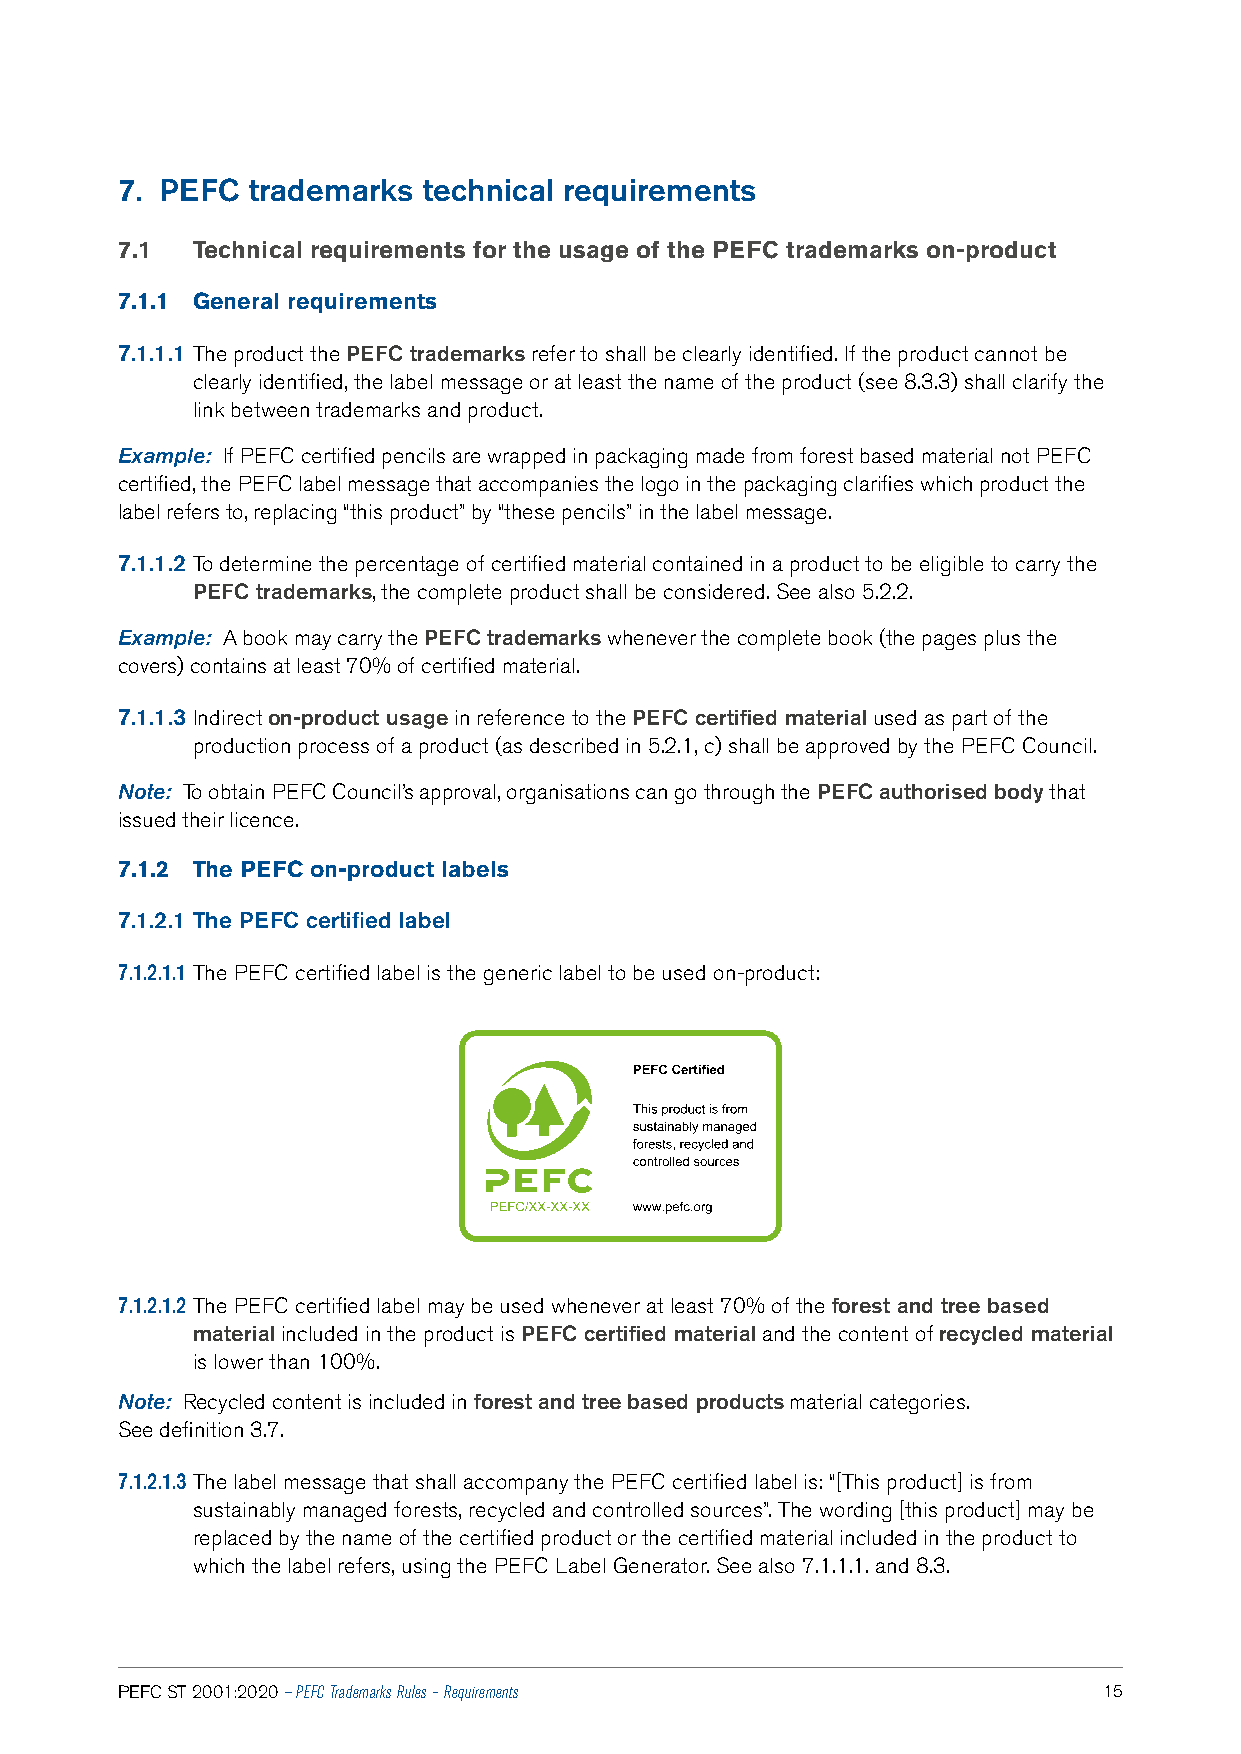
7. PEFC  trademarks technical requirements
 7.1  Technical requirements for the usage of the PEFC trademarks on‑product
 7.1.1 General requirements
 7.1.1.1 The product the PEFC trademarks refer to shall be clearly identified. If the product cannot be
 clearly identified, the label message or at least the name of the product (see 8.3.3) shall clarify the
 link between trademarks and product.
 Example: If PEFC certified pencils are wrapped in packaging made from forest based material not PEFC
 certified, the PEFC label message that accompanies the logo in the packaging clarifies which product the
 label refers to, replacing “this product” by “these pencils” in the label message.
 7.1.1.2 To determine the percentage of certified material contained in a product to be eligible to carry the
 PEFC trademarks, the complete product shall be considered. See also 5.2.2.
 Example: A book may carry the PEFC trademarks whenever the complete book (the pages plus the
 covers) contains at least 70% of certified material.
 7.1.1.3 Indirect on‑product usage in reference to the PEFC certified material used as part of the
 production process of a product (as described in 5.2.1, c) shall be approved by the PEFC Council.
 Note: To obtain PEFC Council’s approval, organisations can go through the PEFC authorised body that
 issued their licence.
 7.1.2 The PEFC on‑product labels
 7.1.2.1 The PEFC certified label
 7.1.2.1.1 The PEFC certified label is the generic label to be used on-product:
 7.1.2.1.2 The PEFC certified label may be used whenever at least 70% of the forest and tree based
 material included in the product is PEFC certified material and the content of recycled material
 is lower than 100%.
 Note: Recycled content is included in forest and tree based products material categories.
 See definition 3.7.
 7.1.2.1.3 The label message that shall accompany the PEFC certified label is: “[This product] is from
 sustainably managed forests, recycled and controlled sources”. The wording [this product] may be
 replaced by the name of the certified product or the certified material included in the product to
 which the label refers, using the PEFC Label Generator. See also 7.1.1.1. and 8.3.
 PEFC ST 2001:2020 — PEFC Trademarks Rules – Requirements         15